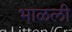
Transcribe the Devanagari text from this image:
भाळली